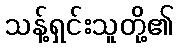
သန့်ရှင်းသူတို့၏